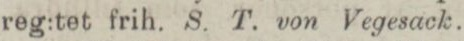
reg:tet frih. S. T. von Vegesack.